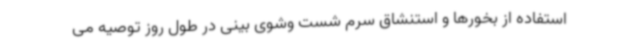
استفاده از بخورها و استنشاق سرم شست وشوی بینی در طول روز توصیه می